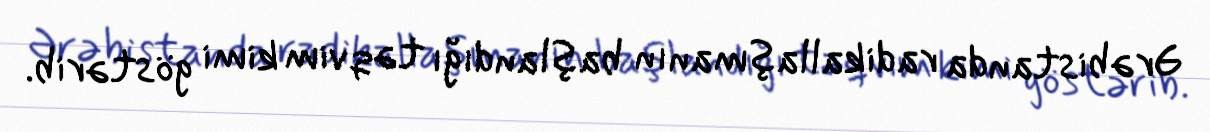
Ərəbistanda radikallaşmanın başlandığı təqvim kimi göstərib.